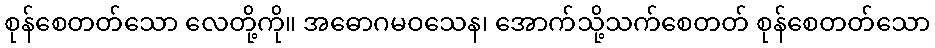
စုန်စေတတ်သော လေတို့ကို။ အဓောဂမဝသေန၊ အောက်သို့သက်စေတတ် စုန်စေတတ်သော